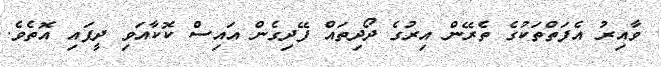
ވާއިރު އެފަތްތަކުގެ ތެރޭން އިރުގެ ދޯދިތައް ފޭދިގެން އައިސް ކޮކާއަވި ދީފައި އޮތެވެ.